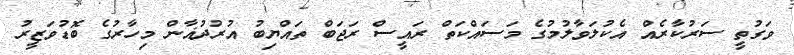
ވަގުތީ ސަރުކާރެއް އެކުލަވާލުމުގެ މަސައްކަތް ރައީސް ރަޖަބް ތައްޔިބު އުރުދުޣާން މިހާރުގެ ބޮޑުވަޒީރު